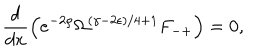
\frac { d } { d x } \left( e ^ { - 2 \rho } \Omega ^ { ( \gamma - 2 \epsilon ) / 4 + 1 } F _ { - + } \right) = 0 ,